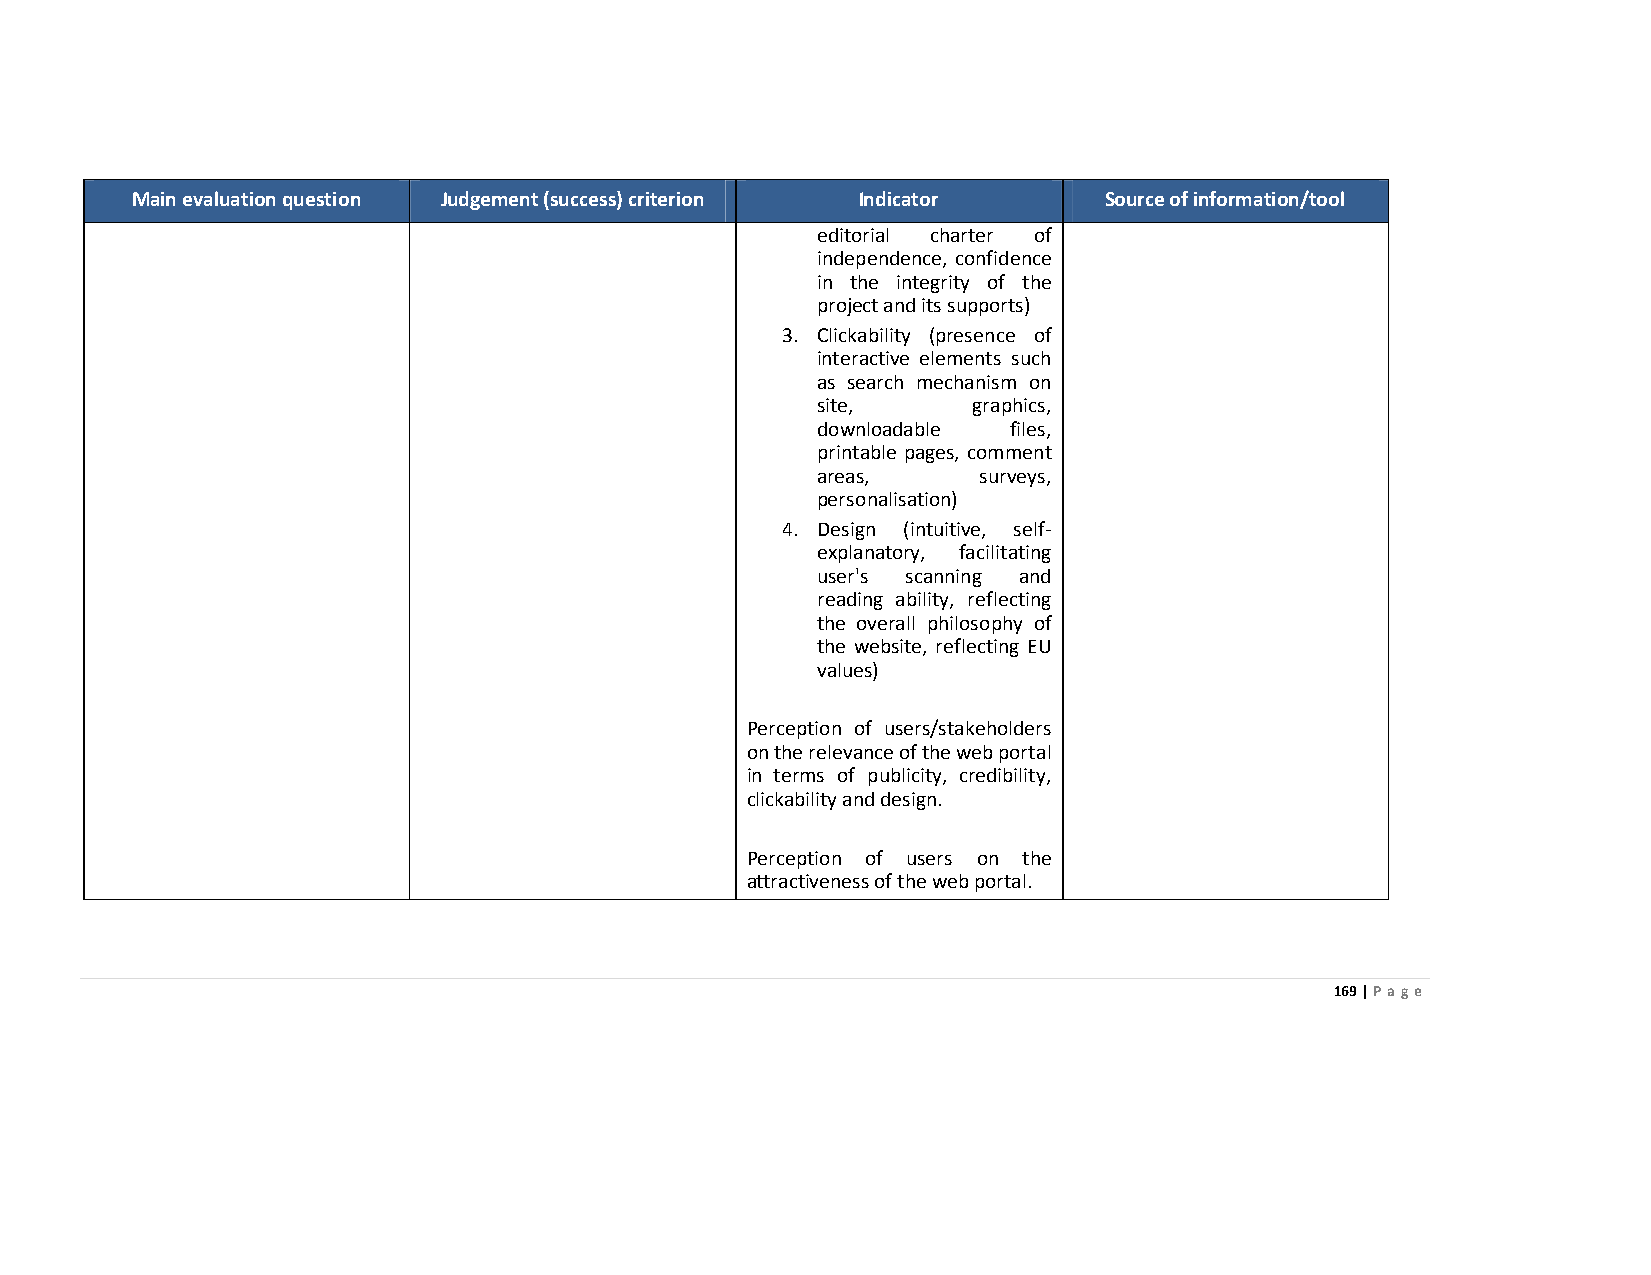
Main evaluation question Judgement (success) criterion Indicator Source of information/tool
 editorial charter of
 independence, confidence
 in the integrity of the
 project and its supports)
 3. Clickability (presence of
 interactive elements such
 as search mechanism on
 site,     graphics,
 downloadable files,
 printable pages, comment
 areas,     surveys,
 personalisation)
 4. Design (intuitive, self-
 explanatory, facilitating
 user's scanning and
 reading ability, reflecting
 the overall philosophy of
 the website, reflecting EU
 values)
 Perception of users/stakeholders
 on the relevance of the web portal
 in terms of publicity, credibility,
 clickability and design.
 Perception of users on the
 attractiveness of the web portal.
 169 | Page